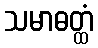
သမာဓတ္ထံ